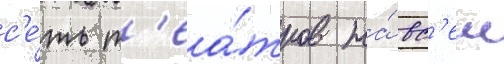
с'е́ть т'еа́тров на́ вс'еи